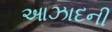
આઝાદની